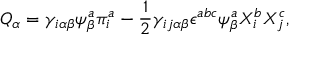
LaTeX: Q _ { \alpha } = \gamma _ { i \alpha \beta } \psi _ { \beta } ^ { a } \pi _ { i } ^ { a } - \frac { 1 } { 2 } \gamma _ { i j \alpha \beta } \epsilon ^ { a b c } \psi _ { \beta } ^ { a } X _ { i } ^ { b } X _ { j } ^ { c } ,